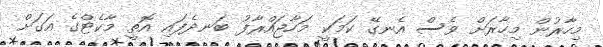
މިހާރުން މިހާރަށް ވެސް އެނގޭ ކަމަކީ މަހާޖައްރާފު ބަނދެފައި އޮތީ މާކެޓްގެ އަގަށް